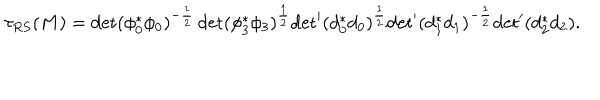
LaTeX: \tau _ { R S } ( M ) = \det ( \phi _ { 0 } ^ { * } \phi _ { 0 } ) ^ { - \frac { 1 } { 2 } } \det ( \phi _ { 3 } ^ { * } \phi _ { 3 } ) ^ { \frac { 1 } { 2 } } { \det } ^ { \prime } ( d _ { 0 } ^ { * } d _ { 0 } ) ^ { \frac { 1 } { 2 } } { \det } ^ { \prime } ( d _ { 1 } ^ { * } d _ { 1 } ) ^ { - \frac { 1 } { 2 } } { \det } ^ { \prime } ( d _ { 2 } ^ { * } d _ { 2 } ) .